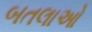
બતલાઓ